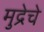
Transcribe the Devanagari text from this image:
मुद्रेचे